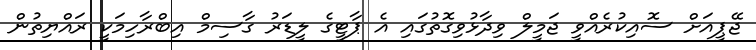
ޖޭޕީއަށް ސޮއިކުރެއްވީ ޖަމީލް ވިދާޅުވިގޮތުގައި އެ ޕާޓީގެ ލީޑަރު ގާސިމް އިބްރާހިމަކީ ރައްޔިތުން